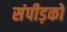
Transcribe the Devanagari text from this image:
संपीड़कों